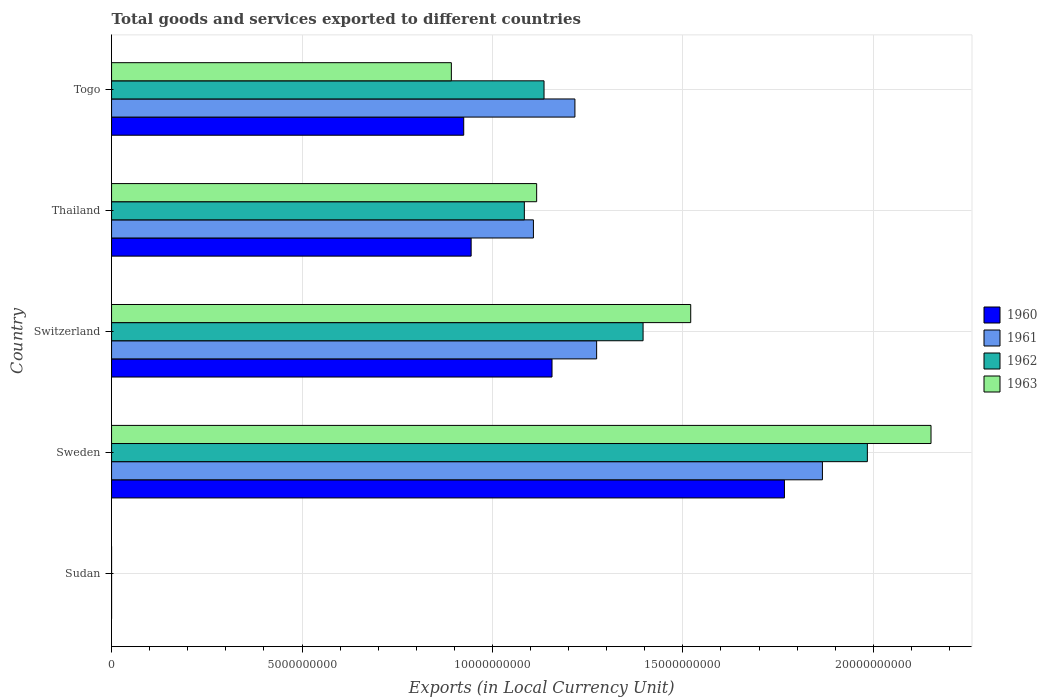
| Country | 1960 | 1961 | 1962 | 1963 |
 | --- | --- | --- | --- | --- |
 | Sudan | 5.71e+04 | 5.67e+04 | 6.76e+04 | 7.86e+04 |
 | Sweden | 1.77e+10 | 1.87e+10 | 1.98e+10 | 2.15e+10 |
 | Switzerland | 1.16e+10 | 1.27e+10 | 1.4e+10 | 1.52e+10 |
 | Thailand | 9.44e+09 | 1.11e+10 | 1.08e+10 | 1.12e+10 |
 | Togo | 9.25e+09 | 1.22e+10 | 1.14e+10 | 8.92e+09 |